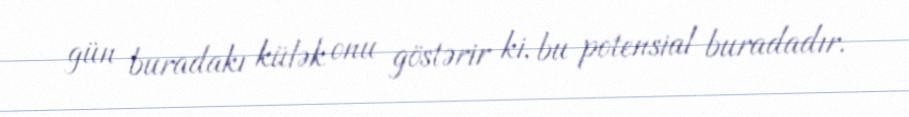
gün buradakı külək onu göstərir ki, bu potensial buradadır.